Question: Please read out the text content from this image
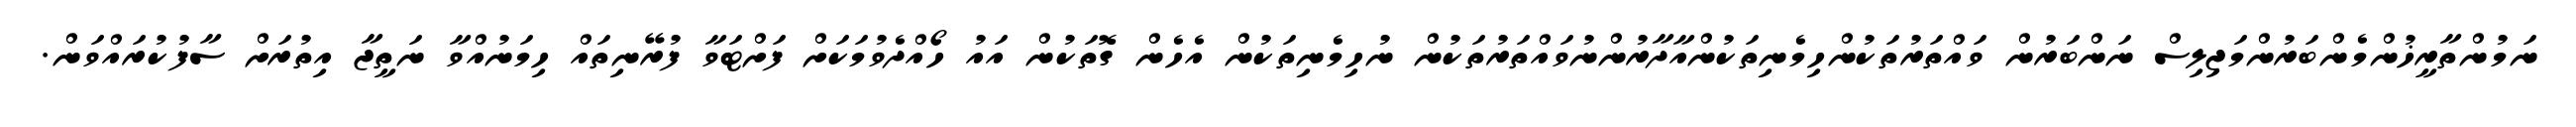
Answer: ނަމުންތާރީޚުންމެންބަރުންމަޖިލިސް ނަންބަރުން ވައްތަރުތަކުންހިމެނިތަކުންއާދާރުންނުވައްތަރުތަކުން ނުހިމެނިތަކުން އެހެން ގޮތަކުން އައު ހޯއްދެވުމަކަށް ފަށްޓަވާ ފުރޭނިތައް ހިމަނުއްވާ ނަތީޖާ އިތުރަށް ސާފުކުރައްވަން.